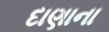
દાણાના